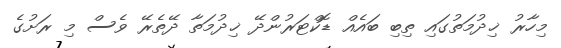
މިހާރު ޚިދުމަތުގައި ތިބި ބައެއް ޑޮކްޓަރުންދޭ ޚިދުމަތާ ދޭތެރޭ ވެސް މި ރަށުގެ